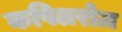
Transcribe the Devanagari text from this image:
कपिलरोज़